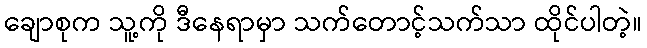
ချောစုက သူ့ကို ဒီနေရာမှာ သက်တောင့်သက်သာ ထိုင်ပါတဲ့။